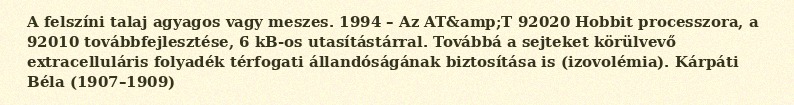
A felszíni talaj agyagos vagy meszes. 1994 – Az AT&amp;T 92020 Hobbit processzora, a 92010 továbbfejlesztése, 6 kB-os utasítástárral. Továbbá a sejteket körülvevő extracelluláris folyadék térfogati állandóságának biztosítása is (izovolémia). Kárpáti Béla (1907–1909)